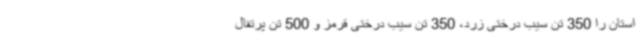
استان را 350 تن سیب درختی زرد، 350 تن سیب درختی قرمز و 500 تن پرتقال